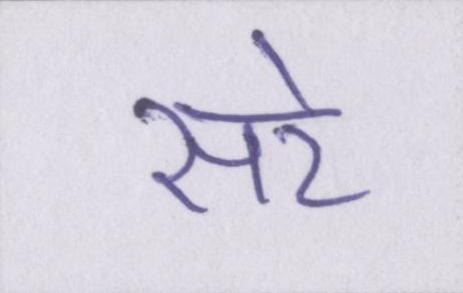
सरे